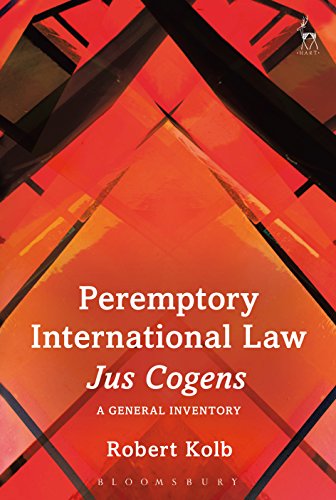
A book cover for Peremptory International Law - Jus Cogens: A General Inventory; Robert Kolb; Law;